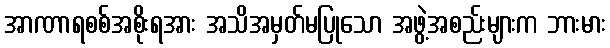
အာဏာရစစ်အစိုးရအား အသိအမှတ်မပြုသော အဖွဲ့အစည်းများက ဘားမား